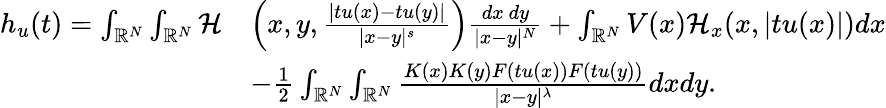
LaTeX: \begin{array}{rl}{h_{u}(t)=\int_{{\mathbb R}^{N}}\int_{{\mathbb R}^{N}}\mathcal{H}}&{\left(x,y,\frac{|tu(x)-tu(y)|}{|x-y|^{s}}\right)\frac{dx\ dy}{|x-y|^{N}}+\int_{{\mathbb R}^{N}}V(x)\mathcal{H}_{x}(x,|tu(x)|)dx}\\ &{-\frac{1}{2}\int_{{\mathbb R}^{N}}\int_{{\mathbb R}^{N}}\frac{K(x)K(y)F(tu(x))F(tu(y))}{|x-y|^{\lambda}}dxdy.}\end{array}